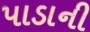
પાડાની